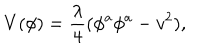
LaTeX: V ( \phi ) = \frac { \lambda } { 4 } ( \phi ^ { a } \phi ^ { a } - v ^ { 2 } ) ,